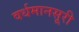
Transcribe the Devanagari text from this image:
वर्धमानसूरी